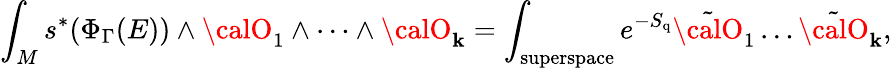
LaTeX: \int_{M}s^{*}(\Phi_{\Gamma}(E))\wedge{\calO}_{1}\wedge\dots\wedge{\calO}_{\mathbf{k}}=\int_{\mathrm{{superspace}}}e^{-S_{\mathrm{{q}}}}\tilde{{{\calO}}}_{1}\dots\tilde{{{\calO}}}_{\mathbf{k}},